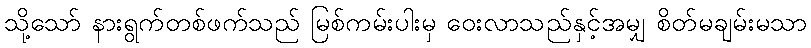
သို့သော် နားရွက်တစ်ဖက်သည် မြစ်ကမ်းပါးမှ ဝေးလာသည်နှင့်အမျှ စိတ်မချမ်းမသာ